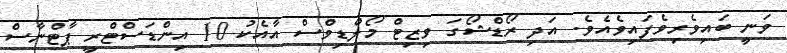
ވަނީ ބައިވެރިވެފައިވެއެވެ. އަދި ރޯޑްޝޯގަ ވިޒިޓް މޯލްޑިވްސް އާއެކު 10 އިންޑަސްޓްރީ ޕާޓްނާސް